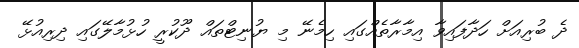
ދެ ބުރިއަށް ހަދާފައިވާ އިމާރާތެއްގައި ހިމެނޭ މި ޔުނިޓްތައް ދޫކުރީ ހުޅުމާލޭގައި ދިރިއުޅޭ